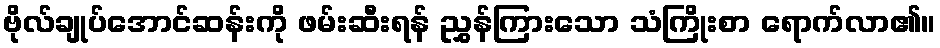
ဗိုလ်ချုပ်အောင်ဆန်းကို ဖမ်းဆီးရန် ညွှန်ကြားသော သံကြိုးစာ ရောက်လာ၏။